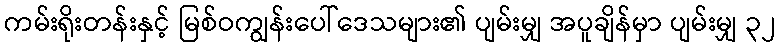
ကမ်းရိုးတန်းနှင့် မြစ်ဝကျွန်းပေါ်ဒေသများ၏ ပျမ်းမျှ အပူချိန်မှာ ပျမ်းမျှ ၃၂